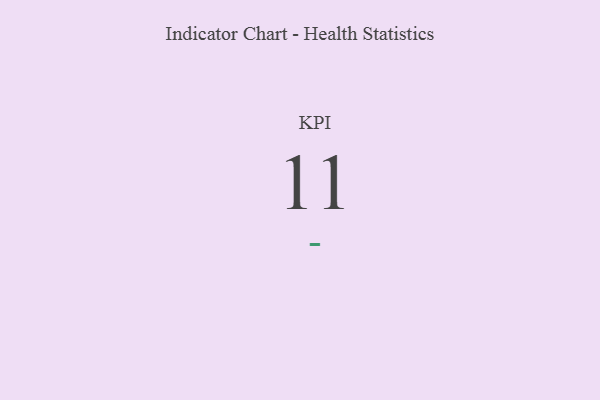
{"axis": {"x": "KPI", "y": "Value"}, "legend": [""], "data": [{"x": "KPI", "y": 11, "type": ""}]}